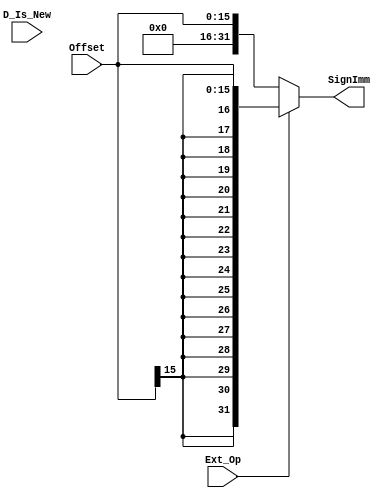
`timescale 1ns / 1ps
//////////////////////////////////////////////////////////////////////////////////
// Company: 
// Engineer: 
// 
// Design Name: 
// Module Name:    D_EXT 
// Project Name: 
// Target Devices: 
// Tool versions: 
// Description: 
//
// Dependencies: 
//
// Revision: 
// Revision 0.01 - File Created
// Additional Comments: 
//
//////////////////////////////////////////////////////////////////////////////////
module D_EXT(
    input [15:0] Offset,
    input Ext_Op,
	input D_Is_New,
	
    output [31:0] SignImm
    );

    assign SignImm = (Ext_Op == 0) ? {16'b0,Offset[15:0]} : {{16{Offset[15]}},Offset[15:0]};

endmodule